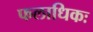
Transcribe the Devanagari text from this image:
फलाधिकः